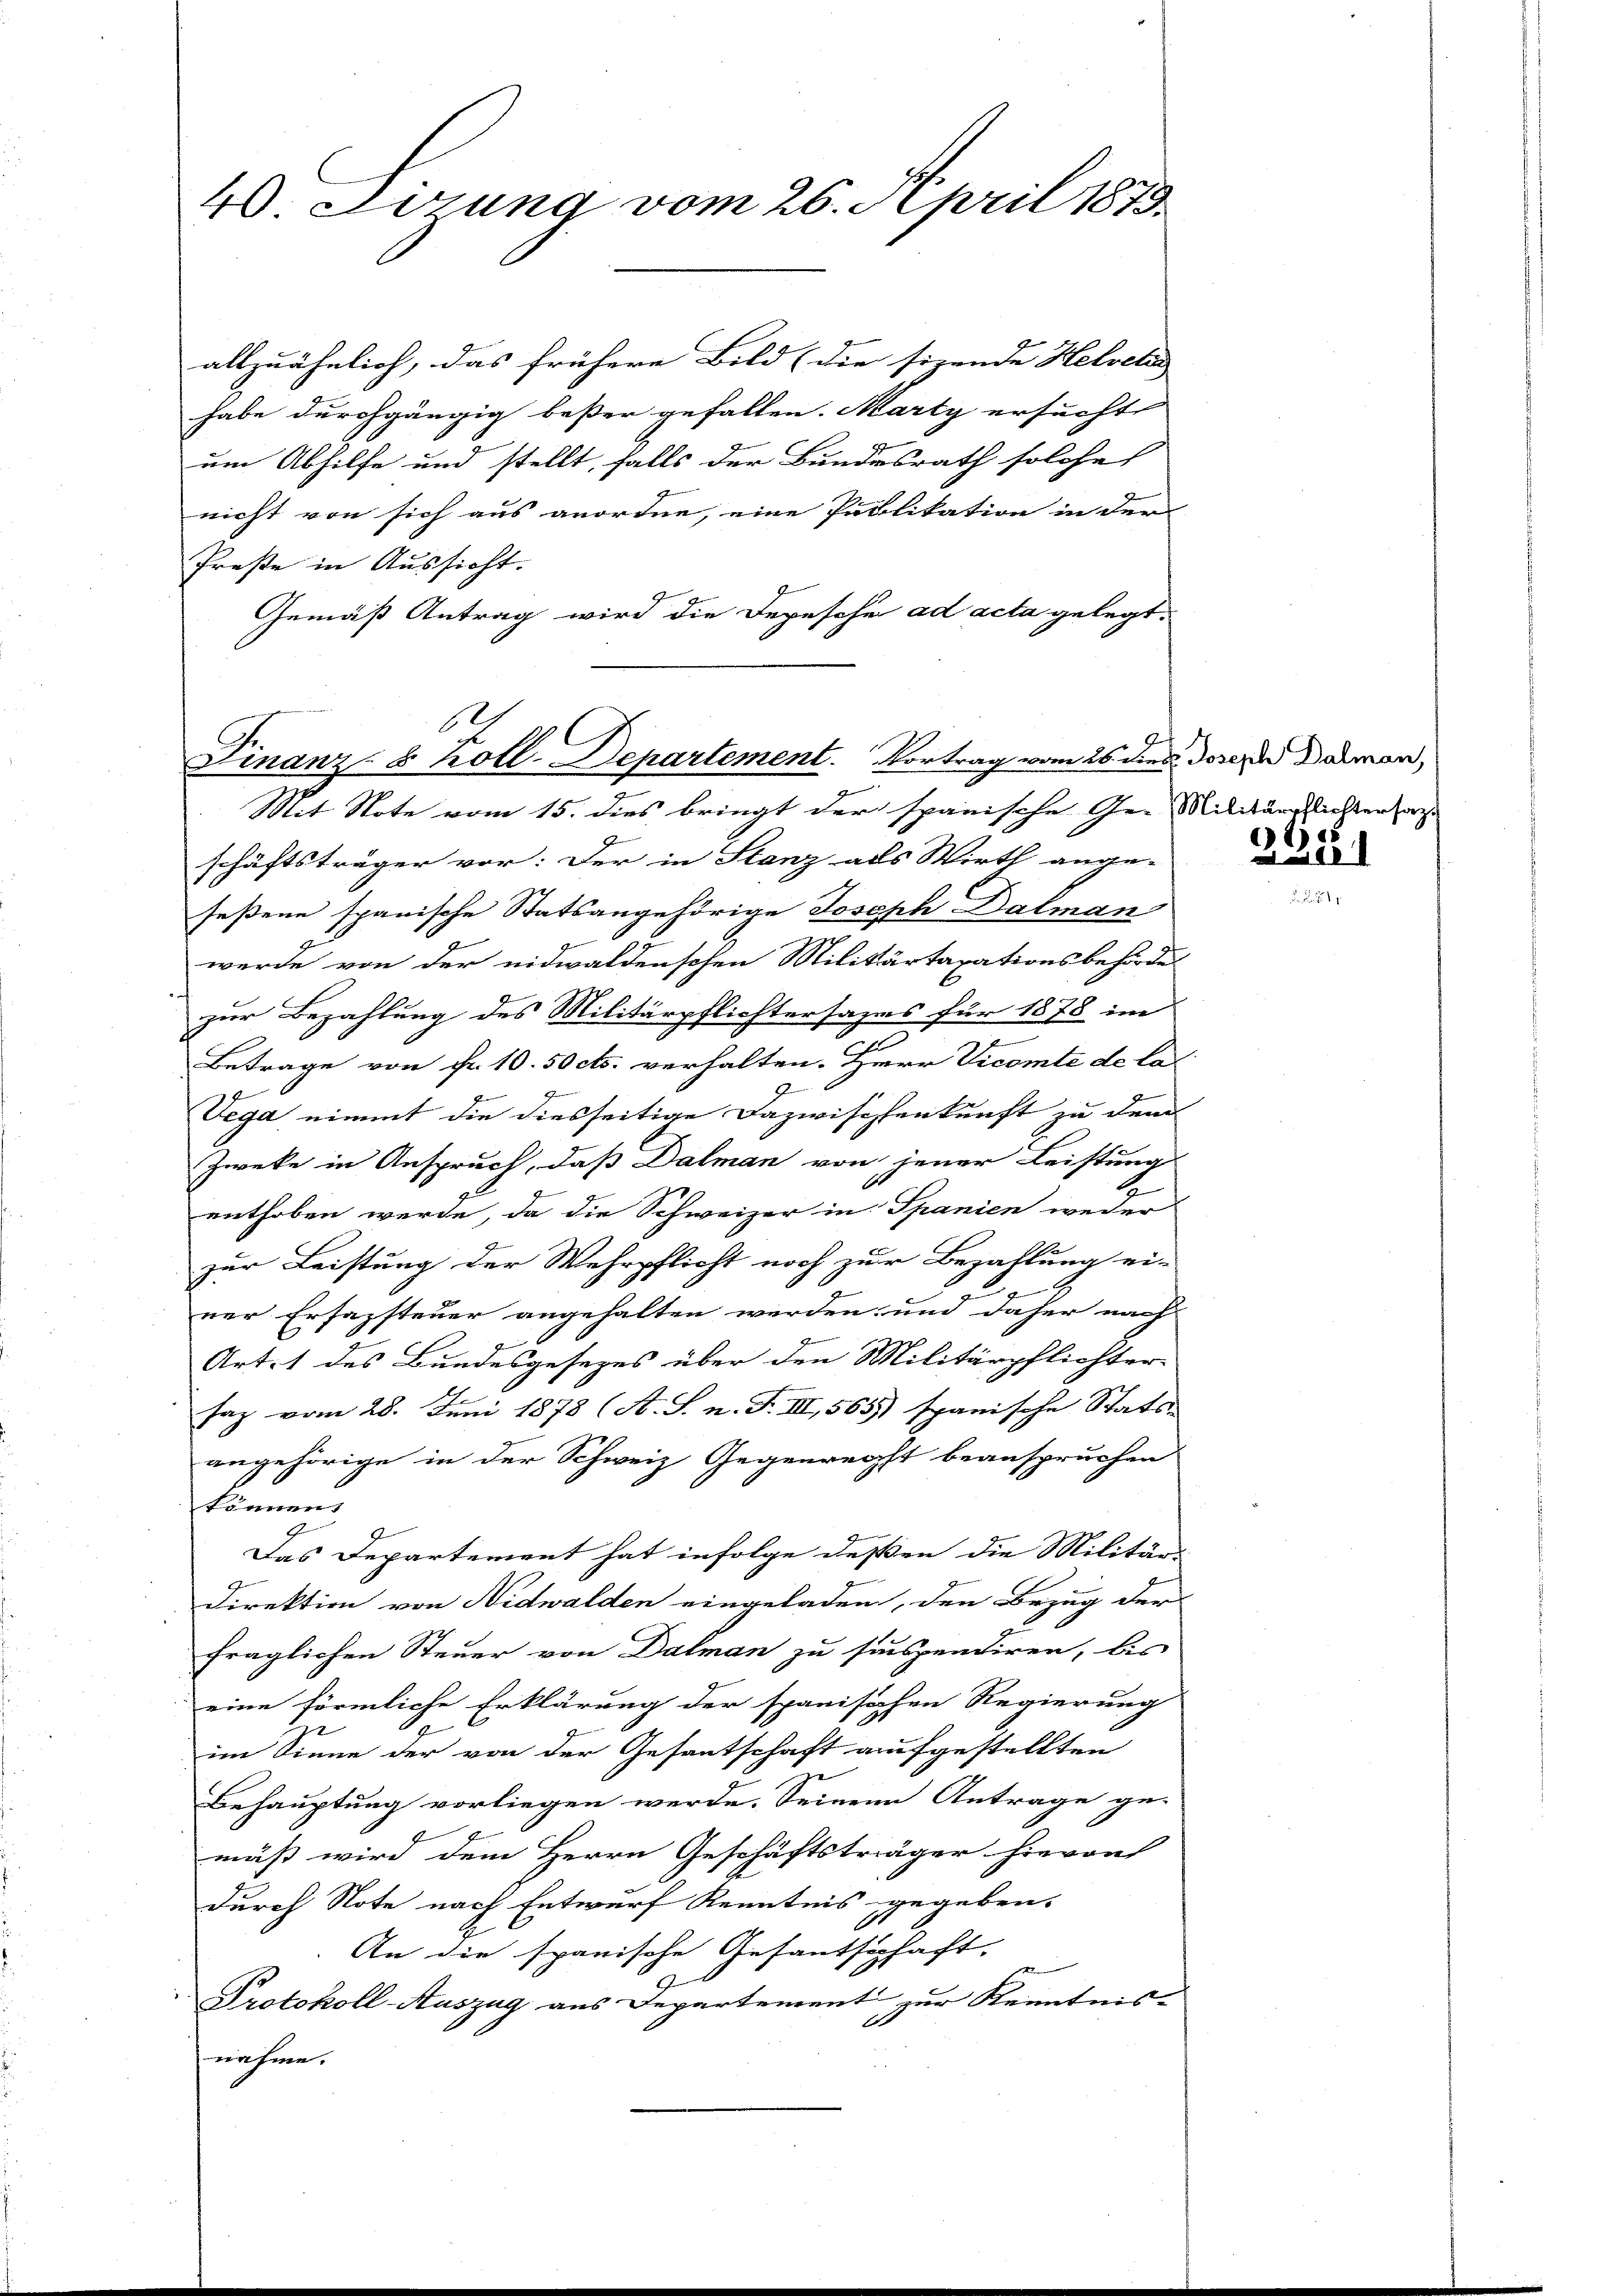
40 Lerung vom 26. April 1873.

1
Finanz-8 Koll-Departement. Vortrag vom 26. dies Joseph Darmen,
Mit Note vom 15. dies bringt der spanische Ge- Militärrrichten w

allzuähnlich, das frühere Bild (die sizende Helveter |
habe durchgängig beßer gefallen. Marty ersucht,
um Abhilfe und stellt, falls der Bundesrath solche
nicht von sich aus anordne, eine Publikation in der
Preße in Aussicht.
Gemäß Antrag wird die Depesche ad acta gelegt.

schäftsträger vor: Der in Stanz als Wirth ange-
seßene spanische Statsangehörige Joseph Dalman
werde von der eidwaldenschen Militärtaxationsbehörde
zur Bezahlung des Militärpflichtersames für 1878 im
|
Betrage von Fr. 10. 50 cts. verhalten. Herr Vicomté de la
9
1
Vega nimmt die diesseitige Dazwischenkunft zu dem
Zweke in Anspruch, daß Dalman von jener Leistung
.
enthoben werde, da die Schweizer in Spanien weder
zur Leistung der Wehrpflicht noch zur Bezahlung ein
G
F
ner Erfassteuer angehalten werden und daher nach
Art. 1 des Bundesgesezes über den Militärpflichter
saz vom 28. Juni 1878 (A. S. n. F. III, 565) spanische Statu
angehörige in der Schweiz Gegenrecht beanspruchen
können.
Das Departement hat infolge deßen die Militär-
Direktion von Nidwalden eingeladen, den Bezug der
fraglichen Steuer von Dalman zu suspendiren, bis
eine förmliche Erklärung der spanischen Regierung
im Sinne der von der Gesantschaft aufgestellten
Behauptung vorliegen werde. Seinen Antrage ge-
mäß wird dem Herrn Geschäftsträger hievon
durch Note nach Entwurf Kenntnis gegeben.
An die spanische Gefantschaft,
Protokoll-Auszug aus Departement zur Kenntnis-
A
nahme.

9
61) s

41